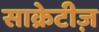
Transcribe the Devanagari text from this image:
साक्रेटीज़